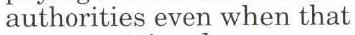
authorities even when that